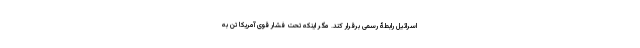
اسرائیل رابطۀ رسمی برقرار کند. مگر اینکه تحت فشار قوی آمریکا تن به